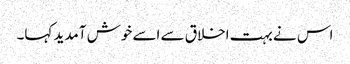
اس نے بہت اخلاق سے اسے خوش آمدید کہا۔